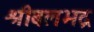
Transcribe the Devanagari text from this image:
श्रीबलभद्र